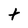
Character: t